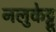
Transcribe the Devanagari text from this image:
नलुकेट्टू